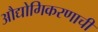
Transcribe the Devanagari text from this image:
औद्योगिकरणाची